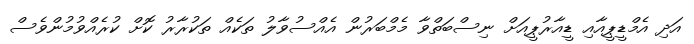
އަދި އެމްޑީޕީއާއި ޑީއާރުޕީއަށް ނިސްބަތްވާ މެމްބަރުން އެއްސުވާލު ތަކެއް ތަކުރާރު ކޮށް ކުރެއްވުމުންވެސް